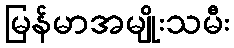
မြန်မာအမျိုးသမီး